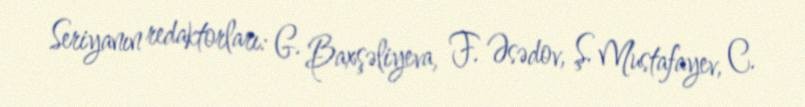
Seriyanın redaktorları: G. Baxşəliyeva, F. Əsədov, Ş. Mustafayev, C.